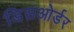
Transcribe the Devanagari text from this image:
डिसओर्डर